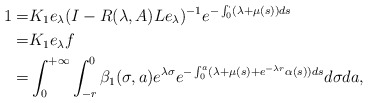
\begin{align*} 1=&K_1e_\lambda(I-R(\lambda,A)Le_\lambda)^{-1}e^{-\int_0^\cdot(\lambda+\mu(s))ds}\\=&K_1e_\lambda f\\=&\int_0^{+\infty}\int_{-r}^0\beta_1(\sigma,a)e^{\lambda \sigma}e^{-\int_0^a(\lambda+\mu(s)+e^{-\lambda r}\alpha(s))ds}d\sigma da,\end{align*}